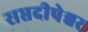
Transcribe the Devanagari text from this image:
सप्तदीपेश्वर